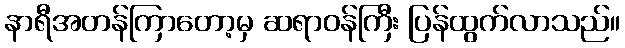
နာရီအတန်ကြာတော့မှ ဆရာဝန်ကြီး ပြန်ထွက်လာသည်။